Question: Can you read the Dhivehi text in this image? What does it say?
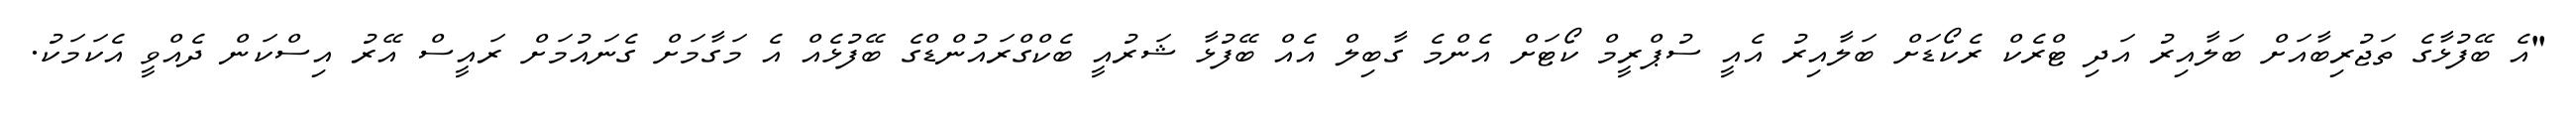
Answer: "އެ ބޭފުޅާގެ ތަޖުރިބާއަށް ބަލާއިރު އަދި ޓްރެކް ރެކޯޑަށް ބަލާއިރު އެއީ ސުޕްރީމް ކޯޓަށް އެންމެ ގާބިލް އެއް ބޭފުޅާ ޝަރުއީ ބެކްގްރައުންޑްގެ ބޭފުޅެއް އެ މަގާމަށް ގެނައުމަށް ރައީސް އޭރު އިސްކަން ދެއްވީ އެކަމަކު.